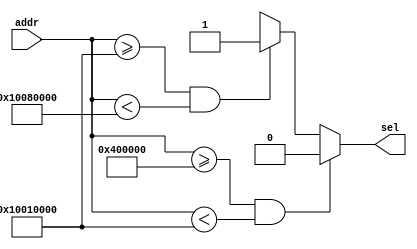
module memDec
#(parameter WIDTH = 32)
(
input [WIDTH-1:0] addr,
output reg sel
);
always @(addr) begin
	if(addr>=32'h00400000 && addr<32'h10010000) 
		sel=1'b0;
	else if(addr>=32'h10010000 && addr<32'h10080000) 
		sel=1'b1;
	else 
		sel=1'bx;
	
	end

endmodule